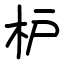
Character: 枦